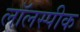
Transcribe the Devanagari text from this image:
लॉलस्पीक